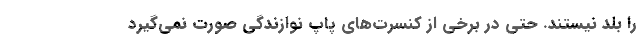
را بلد نیستند. حتی در برخی از کنسرت‌های پاپ نوازندگی صورت نمی‌گیرد